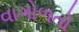
વાગોળતો